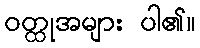
ဝတ္ထုအများ ပါ၏။